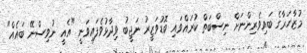
މުޒާހަރާގެ ބައިވެރިންނަށް ނިސްބަތް ކުރައްވައި ބޮޑުވަޒީރު ނަޖީބު ވިދާޅުވެފައިވަނީ "އެއީ ނުވިސްނޭ ބައެއް"